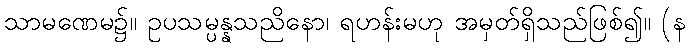
သာမဏေမ၌။ ဥပသမ္ပန္နသညိနော၊ ရဟန်းမဟု အမှတ်ရှိသည်ဖြစ်၍။ (န